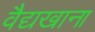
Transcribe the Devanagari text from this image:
वैद्यखाना